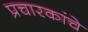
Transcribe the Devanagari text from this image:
प्रचारकांचे